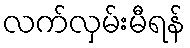
လက်လှမ်းမီရန်